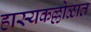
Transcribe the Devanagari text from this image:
हास्यकल्लोळात